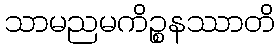
သာမညမကိဉ္စနဿာတိ